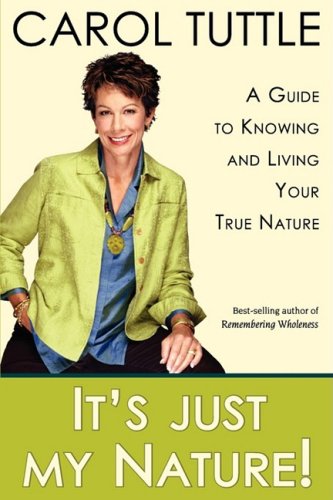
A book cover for It's Just My Nature!; Carol Tuttle; Self-Help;